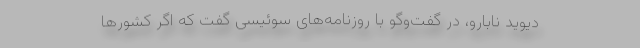
دیوید نابارو، در گفت‌وگو با روزنامه‌های سوئیسی گفت که اگر کشورها